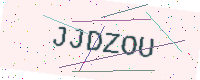
Text: JJDZOU